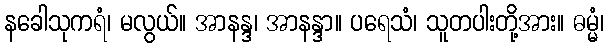
နခေါသုကရံ၊ မလွယ်။ အာနန္ဒ၊ အာနန္ဒာ။ ပရေသံ၊ သူတပါးတို့အား။ ဓမ္မံ၊